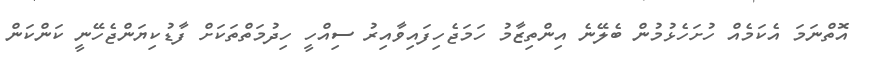
އޮތްނަމަ އެކަމެއް ހުށަހެޅުމުން ބެލޭނެ އިންތިޒާމު ހަމަޖެހިފައިވާއިރު ސިއްހީ ހިދުމަތްތަކަށް ފާޑުކިޔަންޖެހޭނީ ކަންކަން